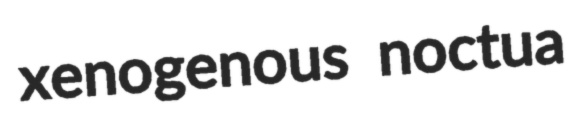
xenogenous noctua